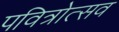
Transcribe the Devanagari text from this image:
पवित्रोत्सव